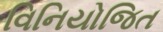
વિનિયોજિત